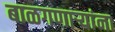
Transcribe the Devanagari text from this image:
बाळगणाऱ्यांना